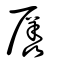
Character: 羼